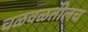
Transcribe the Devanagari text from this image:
चळवळतीलच